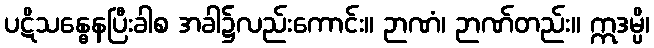
ပဋိသန္ဓေနပြီးခါစ အခါ၌လည်းကောင်း။ ဉာဏံ၊ ဉာဏ်တည်း။ ဣဒမ္ပိ၊